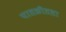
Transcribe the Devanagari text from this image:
पातळीतला